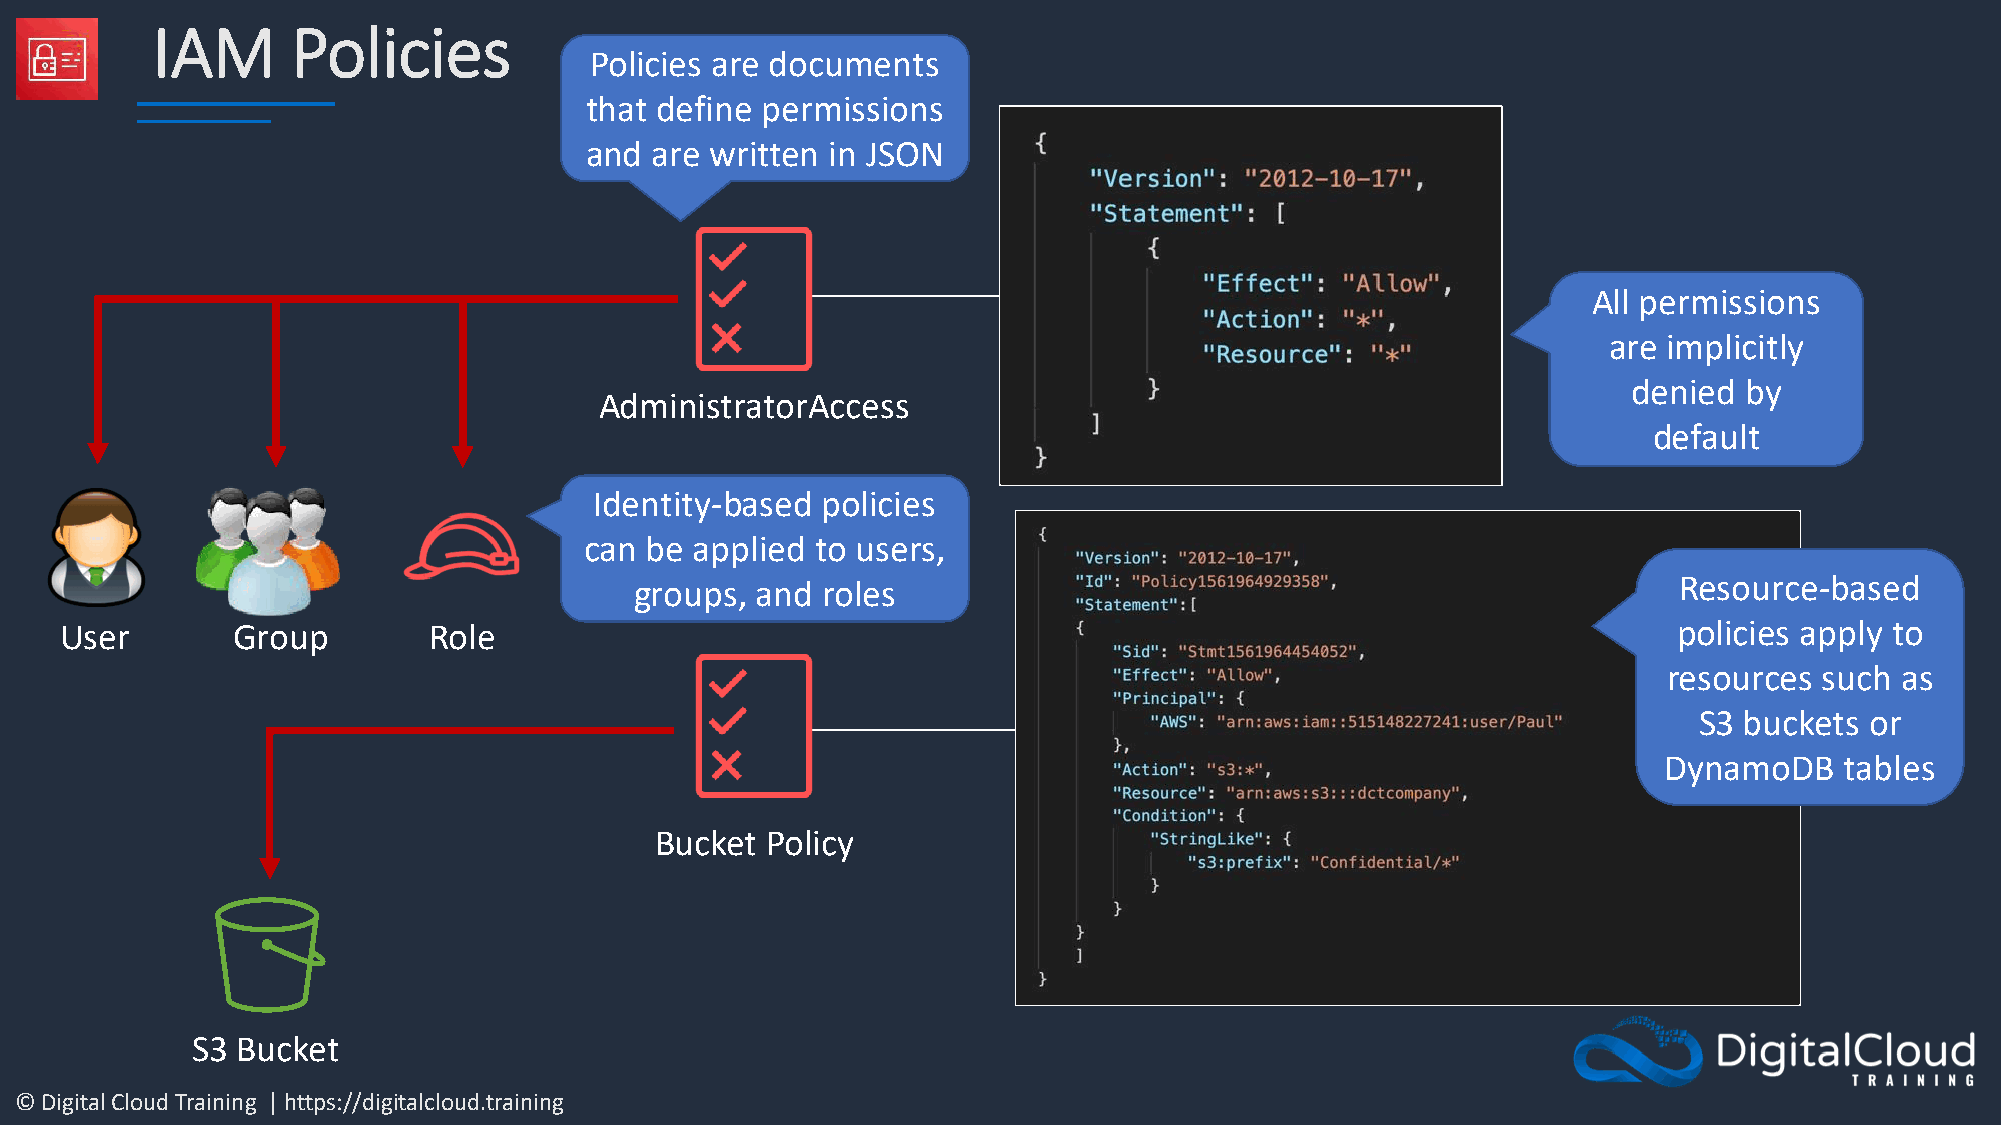
IAM      Policies
 Policies are documents
 that define permissions
 and are written in JSON
 All permissions
 are implicitly
 denied by
 AdministratorAccess
 default
 Identity-based policies
 can be applied to users,
 Resource-based
 groups, and roles
 User       Group        Role                                                                               policies apply to
 resources  such as
 S3 buckets  or
 DynamoDB    tables
 Bucket  Policy
 S3 Bucket
 © Digital Cloud Training | https://digitalcloud.training